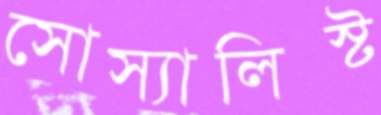
সোস্যালিস্ট